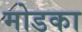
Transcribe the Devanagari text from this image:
मोडका